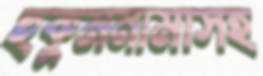
হুকুমনামাসহ